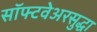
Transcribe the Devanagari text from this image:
सॉफ्टवेअरसुद्धा